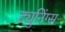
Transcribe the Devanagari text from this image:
ट्युनिंग्स